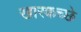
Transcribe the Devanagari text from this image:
खारकच्छे